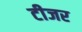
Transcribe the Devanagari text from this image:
टीजर